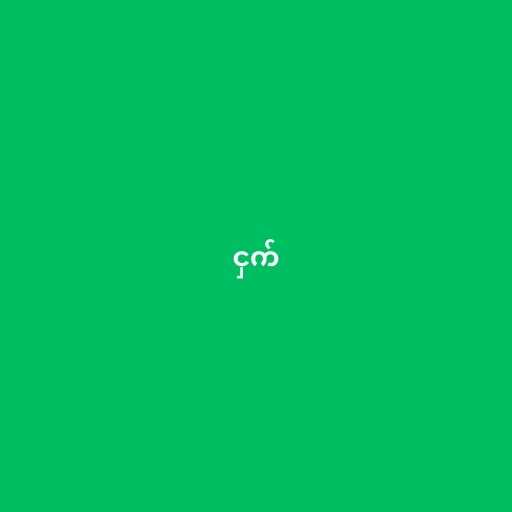
ငှက်